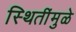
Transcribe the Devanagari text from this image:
स्थितींमुळे